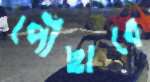
পৌঁছাবে